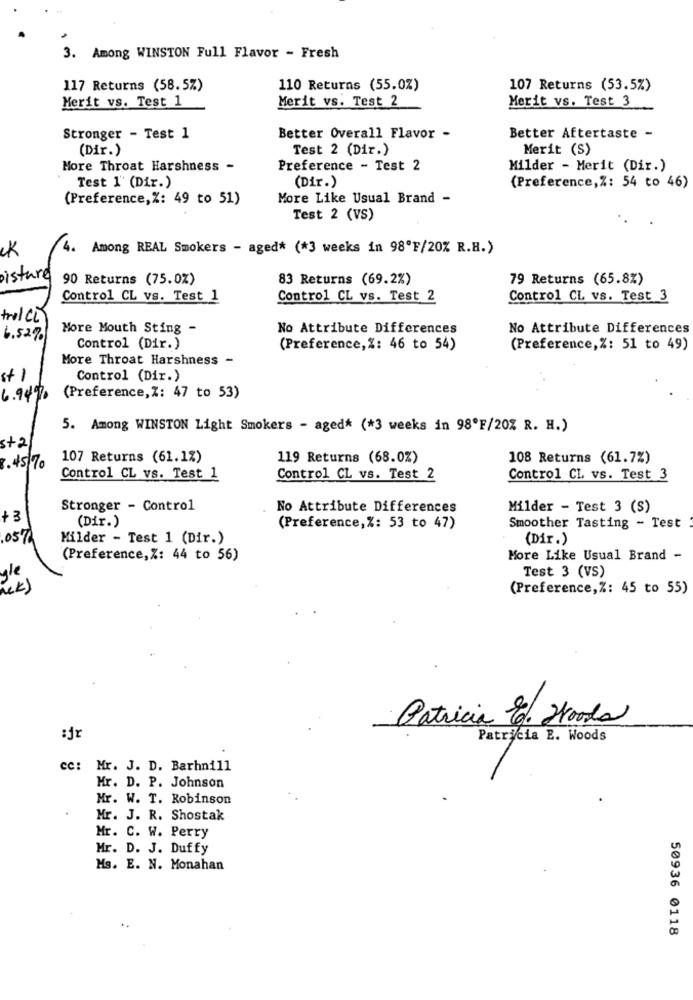
3.
Among WINSTON Full Flavor - Fresh
117 Returns (58.5%)
110 Returns (55.0%)
107 Returns (53.5%)
Merit vs. Test 1
Merit vs. Test 2
Merit vs. Test 3
Stronger - Test 1
Better Overall Flavor -
Better Aftertaste -
(Dir.)
Test 2 (Dir.)
Merit (S)
More Throat Harshness -
Preference - Test 2
Milder - Merit (Dir.)
(Dir.)
Test 1' (Dir.)
(Preference,%: 54 to 46)
(Preference, %: 49 to 51)
More Like Usual Brand -
Test 2 (VS)
ck
4.
Among REAL Smokers - aged* (*3 weeks in 98ºF/20% R.H.)
isture
90 Returns (75.0%)
83 Returns (69.2%)
79 Returns (65.8%)
Control CL vs. Test 1
Control CL vs. Test 2
Control CL vs. Test 3
trol CL
More Mouth Sting -
No Attribute Differences
No Attribute Differences
6.52%
Control (Dir.)
(Preference,%: 46 to 54)
(Preference, %: 51 to 49)
More Throat Harshness -
st1
Control (Dir.)
6.94%
(Preference, %: 47 to 53)
5. Among WINSTON Light Smokers - aged* (*3 weeks in 98ºF/20% R. H.)
s+2
107 Returns (61.1%)
119 Returns (68.0%)
108 Returns (61.7%)
8.45/70
Control CL vs. Test 1
Control CL vs. Test 2
Control CL vs. Test 3
Stronger - Control
No Attribute Differences
Milder - Test 3 (S)
+3
(Dir.)
(Preference, %: 53 to 47)
Smoother Tasting - Test
.057
Milder - Test 1 (Dir.)
(Dir.)
(Preference, %: 44 to 56)
More Like Usual Brand -
Test 3 (VS)
gle
nek)
(Preference, %: 45 to 55)
Patricia Ed. Hooda
:j
Patricia E. Woods
cc: Mr. J. D. Barhnill
Mr. D. P. Johnson
Mr. W. T. Robinson
Mr. J. R. Shostak
Mr. C. W. Perry
Mr. D. J. Duffy
Ms. E. N. Monahan
50936 0118